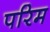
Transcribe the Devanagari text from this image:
परिम